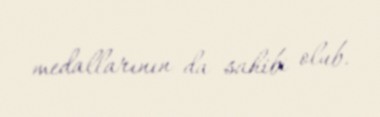
medallarının da sahibi olub.